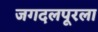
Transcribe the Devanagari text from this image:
जगदलपूरला